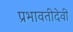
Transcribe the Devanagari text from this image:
प्रभावतीदेवी